Report of the Indian Hemp Drugs Commission, 1894-1895 - Volume III
Year: 1894
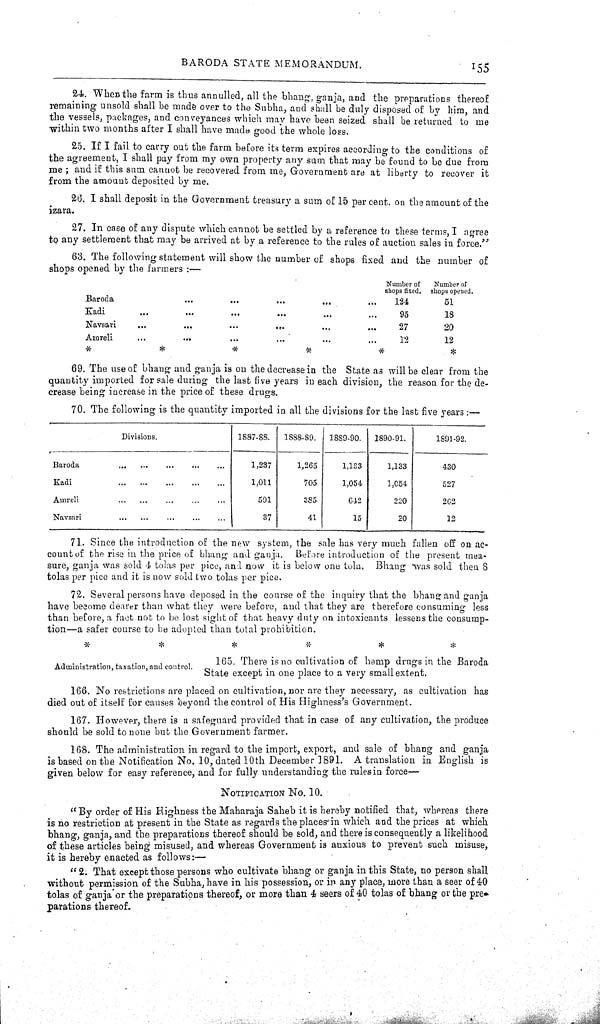
BARODA STATE MEMORANDUM.
155
24. When the farm is thus annulled, all the bhang, ganja, and the preparations thereof
remaining unsold shall be made over to the Subha, and shall be duly disposed of by him, and
the vessels, packages, and conveyances which may have been seized shall be returned to me
within two months after I shall have made good the whole loss.
25. If I fail to carry out the farm before its term expires according to the conditions of
the agreement, I shall pay from my own property any sum that may be found to be due from
me; and if this sum cannot be recovered from me, Government are at liberty to recover it
from the amount deposited by me.
26. I shall deposit in the Government treasury a sum of 15 per cent. on the amount of the
izara.
27. In case of any dispute which cannot be settled by a reference to these terms, I agree
to any settlement that may be arrived at by a reference to the rules of auction sales in force."
63. The following statement will show the number of shops fixed and the number of
shops opened by the farmers:—
Number of
shops fixed.
Number of
shops opened
Baroda
124
51
Kadi
95
18
Navsari
27
20
Amreli
13
12
69. The use of bhang and ganja is on the decrease in the State as will be clear from the
quantity imported for sale during the last five years in each division, the reason for the de-
crease being increase in the price of these drugs.
70. The following is the quantity imported in all the divisions for the last five years:—
Divisions.
1887-88.
1888-89.
1889-90.
1890-91.
1891-92.
Baroda
1,287
1,265
1,133
1,133
430
Kadi
1,011
705
1,054
1,054
527
Amreli
591
385
642
220
262
Navsari
37
41
15
20
12
Administration, taxation, and control.
71. Since the introduction of the new system, the sale has very much fallen off on ac-
count of the rise in the price of bhang and ganja. Before introduction of the present mea-
sure, ganja was sold 4 tolas per pice, and now it is below one tola. Bhang was sold then 8
tolas per pice and it is now sold two tolas per pice.
72. Several persons have deposed in the course of the inquiry that the bhang and ganja
have become dearer than what they were before, and that they are therefore consuming less
than before, a fact not to be lost sight of that heavy duty on intoxicants lessens the consump-
tion—a safer course to be adopted than total prohibition.
165. There is no cultivation of hemp drugs in the Baroda
State except in one place to a very small extent.
166. No restrictions are placed on cultivation, nor are they necessary, as cultivation has
died out of itself for causes beyond the control of His Highnesse's Government.
167. However, there is a safeguard provided that in case of any cultivation, the produce
should be sold to none but the Government farmer.
168. The administration in regard to the import, export, and sale of bhang and ganja
is based on the Notification No. 10, dated 10th December 1891. A translation in English is
given below for easy reference, and for fully understanding the rules in force—
NOTIFICATION NO. 10.
"By order of His Highness the Maharaja Saheb it is hereby notified that, whereas there
is no restriction at present in the State as regards the places in which and the prices at which
bhang, ganja, and the preparations thereof should be sold, and there is consequently a likelihood
of these articles being misused, and whereas Government is anxious to prevent such misuse,
it is hereby enacted as follows:—
"2. That except those persons who cultivate bhang or ganja in this State, no person shall
without permission of the Subha, have in his possession, or in any place, more than a seer of 40
tolas of ganja or the preparations thereof, or more than 4 seers of 40 tolas of bhang or the pre-
parations thereof.